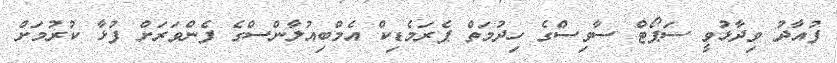
ފުއާދު ވިދާޅުވީ ސަޕޯޓް ސާވިސްގެ ހިދުމަތް ޕެރަމެޑިކް އެމްބިއުލާންސްގެ ފެންވަރަށް ފުޅާ ކުރުމަށް